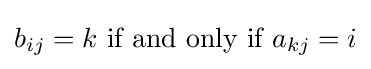
b_{ij}=k{\text{  if and only if  }}a_{kj}=i